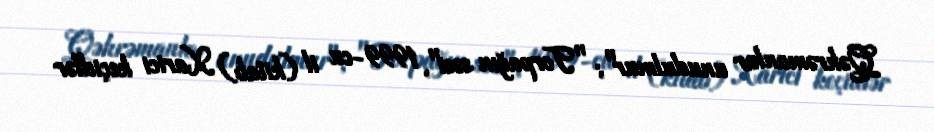
Qəhrəmanlar unudulmur"; "Torpağın səsi", 1999-cu il (kitab) Xarici keçidlər